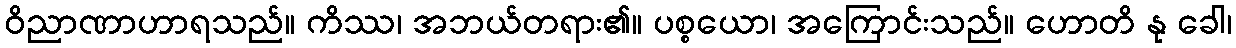
ဝိညာဏာဟာရသည်။ ကိဿ၊ အဘယ်တရား၏။ ပစ္စယော၊ အကြောင်းသည်။ ဟောတိ နု ခေါ၊